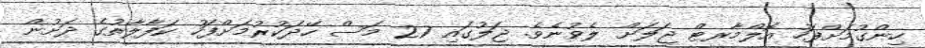
ހިންގުމަށްފަހު އޮލްމާރޓް ޖަލަށް ލެވުނެވެ. ޖަލުގައި 27 މަސް ހޭދަކުރުމަށްފަހު ކަފާލާތުގެ ދަށުން